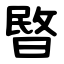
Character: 暋